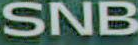
SNB